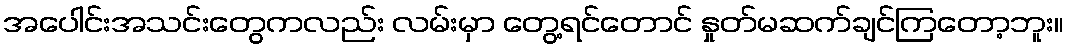
အပေါင်းအသင်းတွေကလည်း လမ်းမှာ တွေ့ရင်တောင် နှုတ်မဆက်ချင်ကြတော့ဘူး။